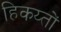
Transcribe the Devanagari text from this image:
हिकय्तों